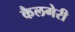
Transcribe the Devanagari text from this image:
कैलगेरी